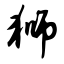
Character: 狮